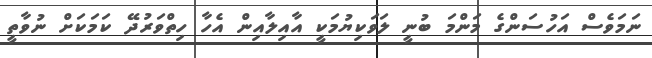
ނަމަވެސް އަހުސަންގެ މަންމަ ބުނީ ލަވަކިޔުމަކީ އާއިލާއިން އެހާ ހިތްވަރުދޭ ކަމަކަށް ނުވާތީ